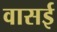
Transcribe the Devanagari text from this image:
वासई